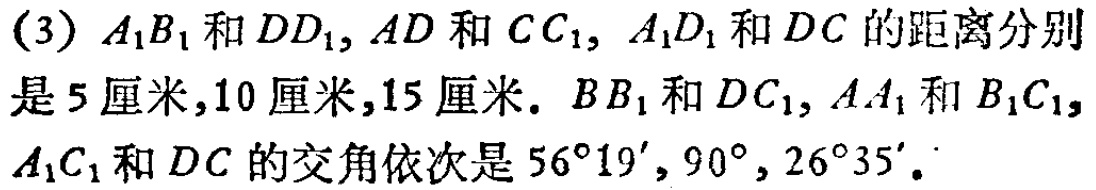
(3) \(A_{1}B_{1}\)和\(DD_{1}\)，\(AD\)和\(CC_{1}\)，\(A_{1}D_{1}\)和\(DC\)的距离分别是\(5\)厘米，\(10\)厘米，\(15\)厘米. \(BB_{1}\)和\(DC_{1}\)，\(AA_{1}\)和\(B_{1}C_{1}\)，\(A_{1}C_{1}\)和\(DC\)的交角依次是\(56^{\circ}19'\)，\(90^{\circ}\)，\(26^{\circ}35'\).